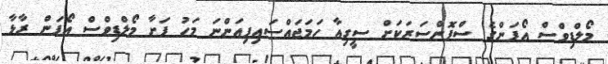
މޯލްޑިވްސް އޯޕަންގެ ސްޕޮންސަރަކަށް ސީގިއާ ހަމަޖައްސައިފިއަންނަ މަހު ފަށާ މޯލްޑިވްސް އޯޕަން ރާޅާ